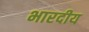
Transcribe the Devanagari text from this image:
भारदीय